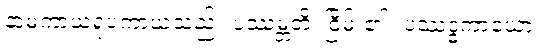
နာမကာယရူပကာယသည်။ ပဿမ္ဘတိ၊ ငြိမ်း၏။ ပဿဒ္ဓကာယော၊